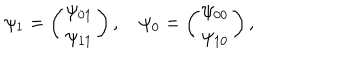
LaTeX: \psi _ { 1 } = \left( \begin{array} { c } { { \psi _ { 0 1 } } } \\ { { \psi _ { 1 1 } } } \\ \end{array} \right) , \quad \psi _ { 0 } = \left( \begin{array} { c } { { \psi _ { 0 0 } } } \\ { { \psi _ { 1 0 } } } \\ \end{array} \right) ,